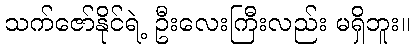
သက်ဇော်နိုင်ရဲ့ ဦးလေးကြီးလည်း မရှိဘူး။